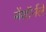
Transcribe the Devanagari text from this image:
मेंथॉर्नले